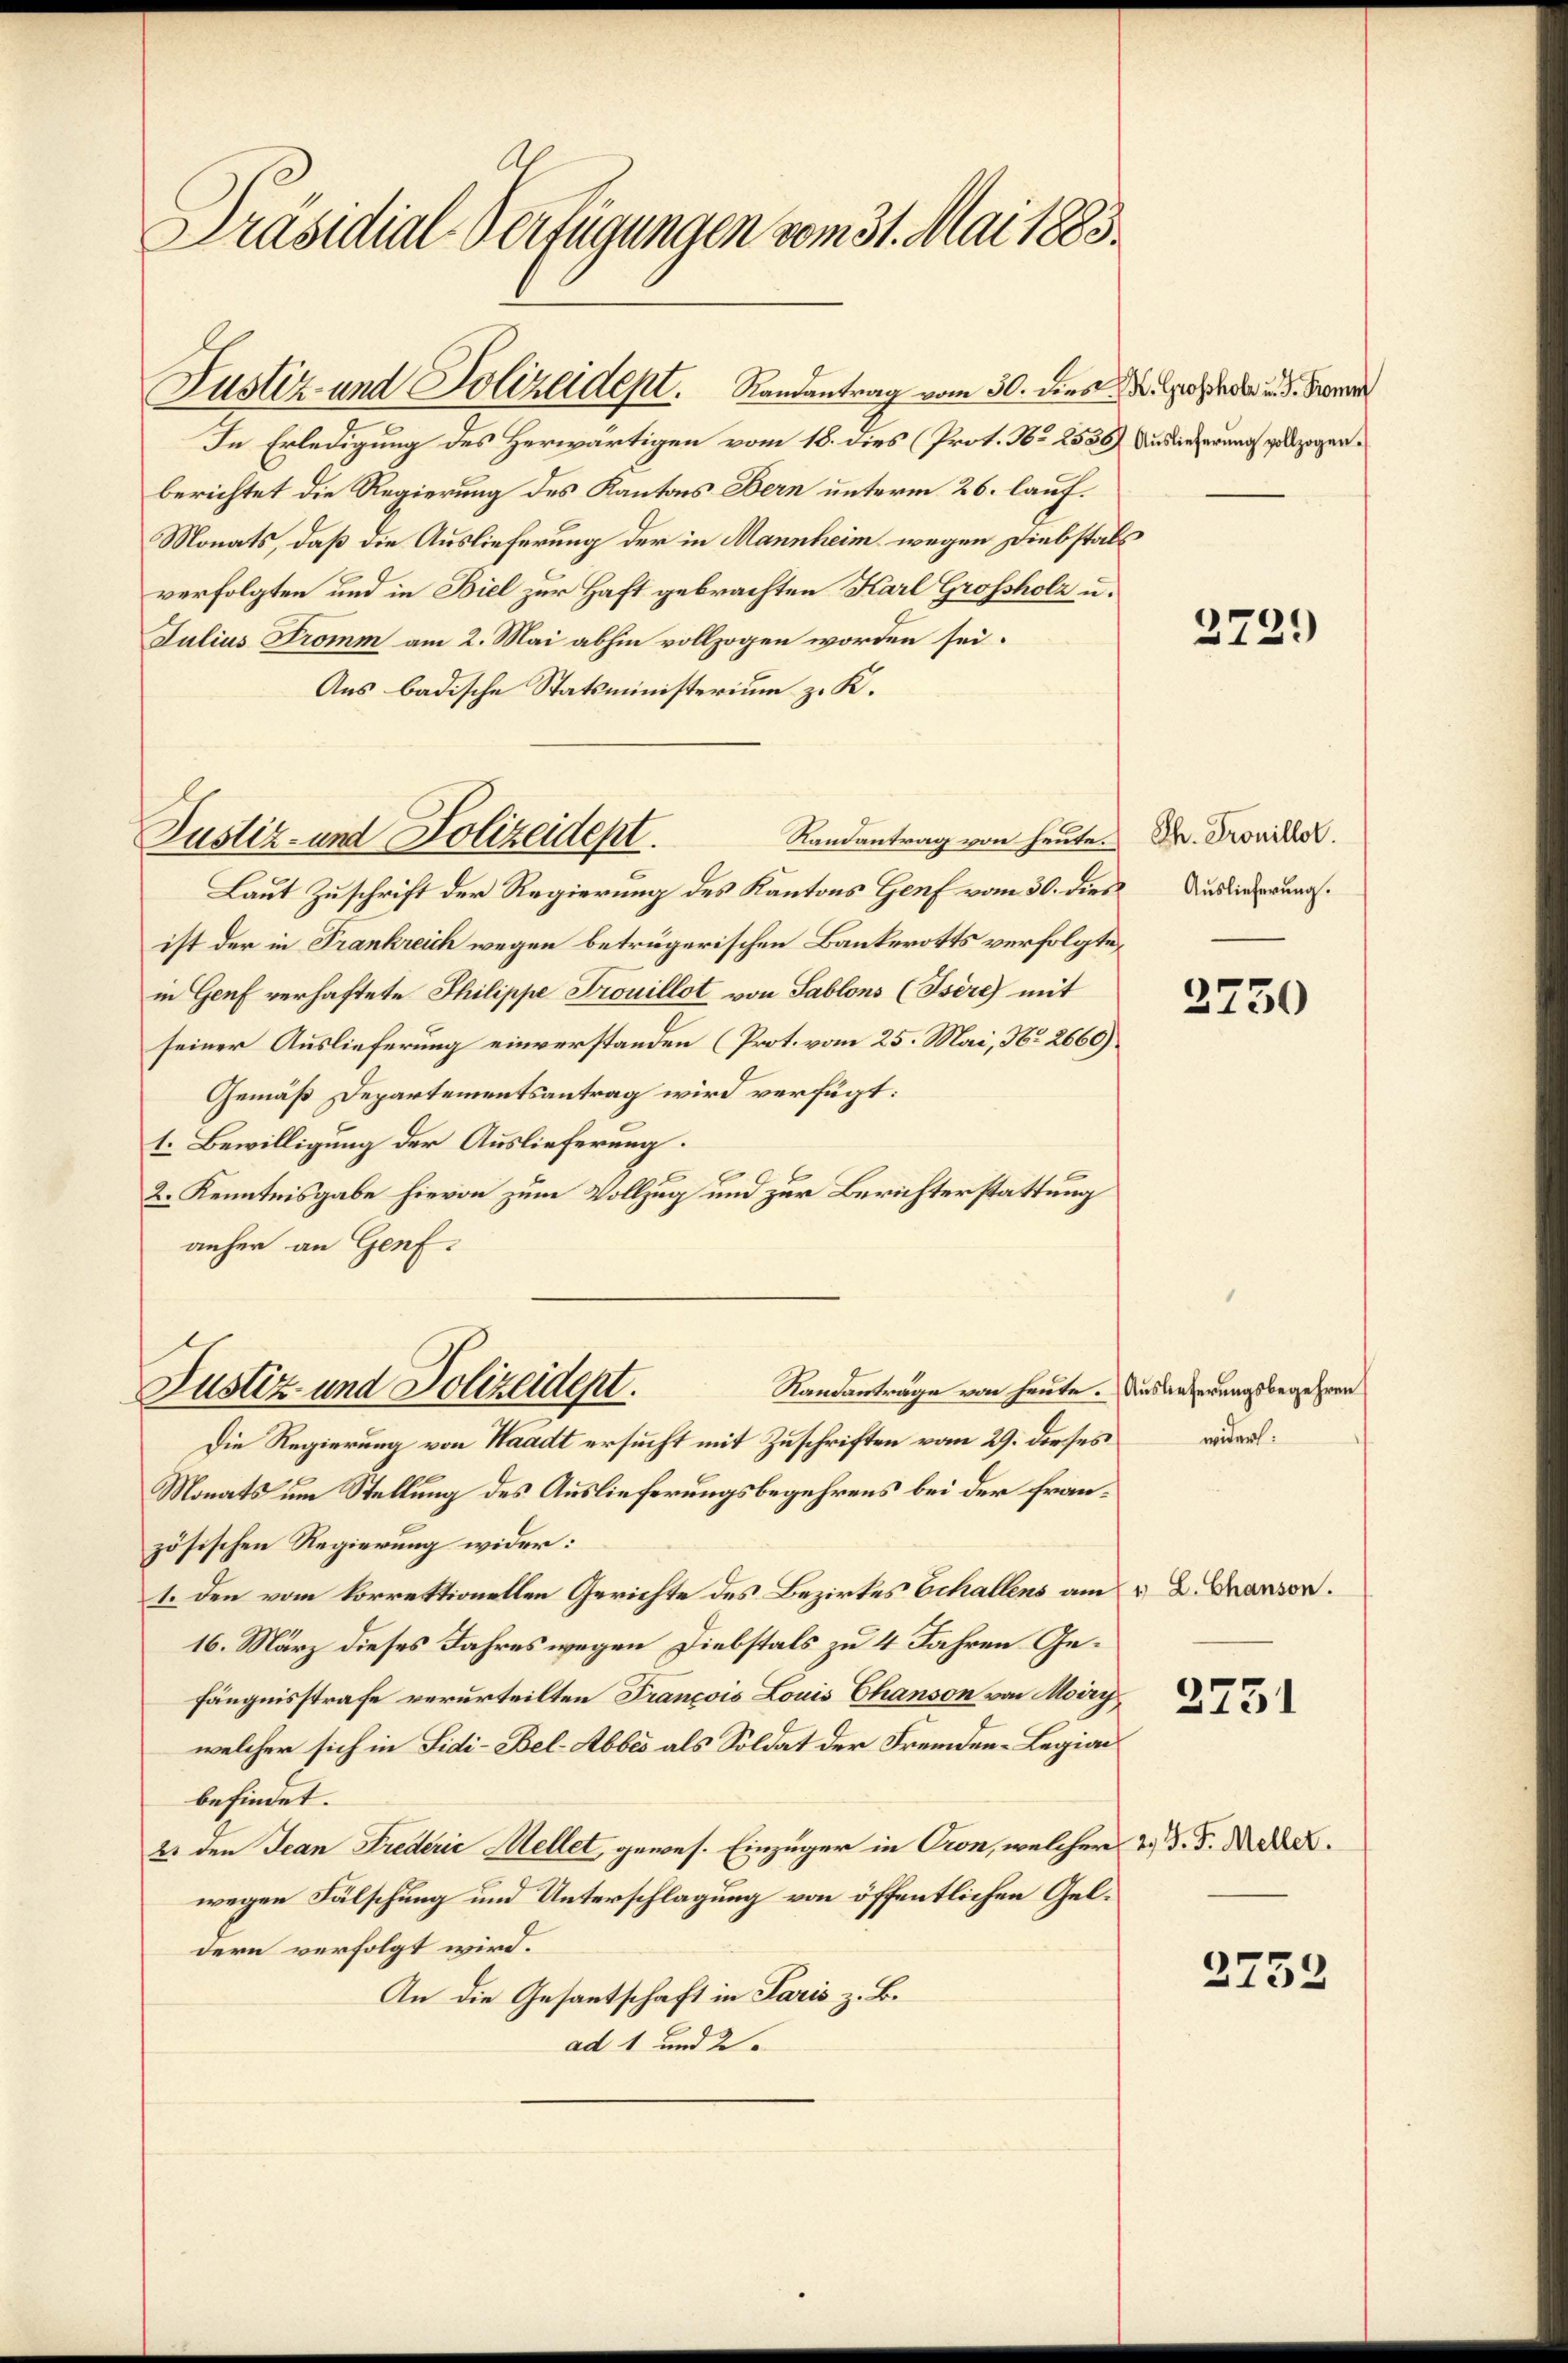
Präsidial-Verfügungen vom 31. Mai 1883.

Justiz- und Polizeidept. Randantrag vom 30. dies

In Erledigung des Herwärtigen vom 18. dies (Prot. No 2536,
berichtet die Regierung des Kantons Bern unterm 26. lauf¬
Monats, daß die Auslieferung der in Mannheim wegen Diebstals
verfolgten und in Biel zur Haft gebrachten Karl Grossholz u.
Julius Tromm am 2. Mai abhin vollzogen worden sei.
Aus badische Statsministerium z. K.
Randantrag von heute.
Laut Zuschrift der Regierung des Kantons Genf vom 30. dies Auslierungsist der in Frankreich wegen betrügerischen Bankerotts verfolgte,
in Genf verhaftete Philippe Trouillot von Sablons (Isére mit
seiner Auslieferung einverstanden (Prot. vom 25. Mai, No 2660)
Gemäß Departementsantrag wird verfügt:
1. Bewilligung der Auslieferung.
.
2. Kenntnisgabe hievon zum Vollzug und zur Berichterstattung
anher an Genf.

Justiz- und Polizeidept.

Justiz und Polizeident.

Randantrage von heute. Auslieferungsbegehren
Die Regierung von Waadt ersucht mit Zuschriften vom 29. dieses
Monats um Stellung des Auslieferungsbegehrens bei der französischen Regierung wider:
1. den vom korrektionellen Gerichte des Bezirkes Echallens am 2 . Brander.
16. März dieses Jahres wegen Diebstals zu 4 Jahren Gefängnisstrafe verurteilten Francois Louis Chanson von Moiry
welcher sich in Sidi-Bel-Abbes als Soldat der Fremden-Legia
befindet.
2. den Jean Frederie Mellet, gewes. Einzüger in Cron, welcher 2. d. 5. M.
wegen Fälschung und Unterschlagung von öffentlichen Geldern verfolgt wird.
An die Gesantschaft in Paris z. B.
ad 1 und 2.

K. Grosshole u. G. Fromm
Auslieferung vollzogen.

2729)

Th. Trouillot.

2750

widers.

2731

3753